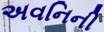
અવનિની